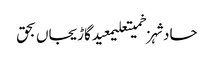
حادثہزخمیتعلیمعیدگاڑیجاں بحق